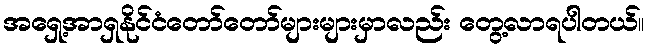
အရှေ့အာရှနိုင်ငံတော်တော်များများမှာလည်း တွေ့လာရပါတယ်။